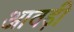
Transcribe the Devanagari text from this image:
आवड़ी